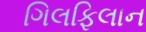
ગિલફિલાન